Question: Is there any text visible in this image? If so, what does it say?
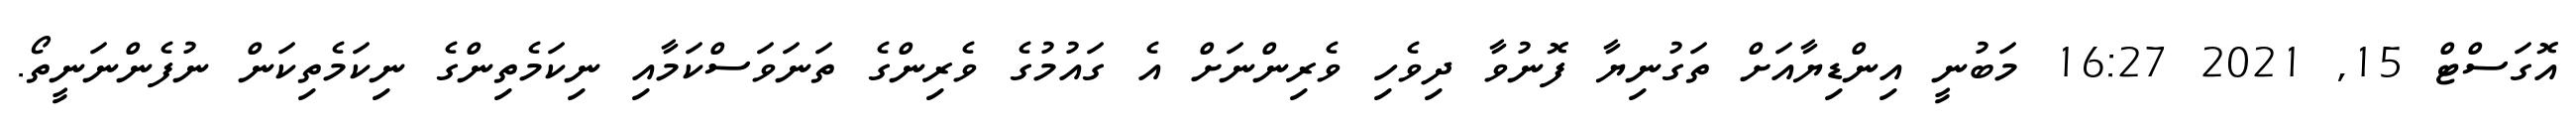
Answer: އޮގަސްޓް 15, 2021 16:27 މަބުނީ އިންޑިޔާއަށް ތަގުނިޔާ ފޮނުވާ ދިވެހި ވެރިންނަށް އެ ގައުމުގެ ވެރިންގެ ތަނަވަސްކަމާއި ނިކަމެތިންގެ ނިކަމެތިކަން ނުފެންނަނީތޯ.